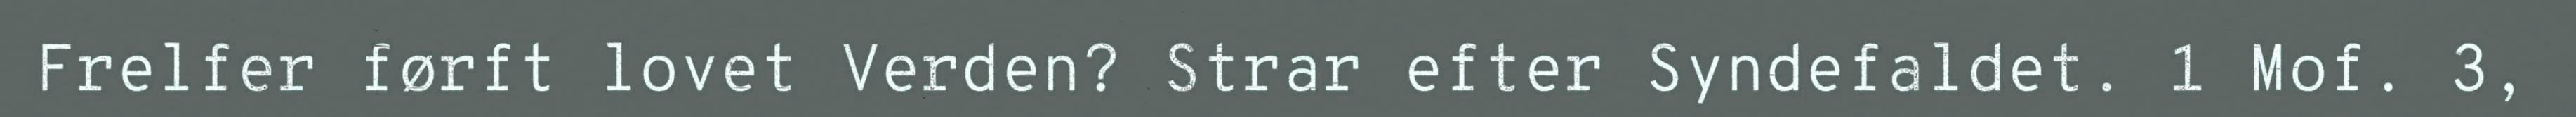
Frelfer førft lovet Verden? Strar efter Syndefaldet. 1 Mof. 3,